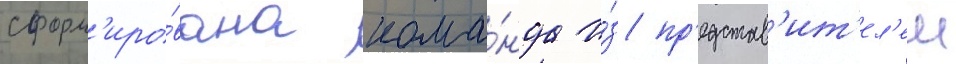
сформ'иро́вана кома́нда и́з пр'едстав'ит'ел'еи